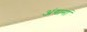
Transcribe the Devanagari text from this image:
अंगानां